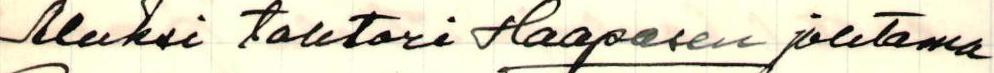
Aluksi tohtori Haapasen johtama